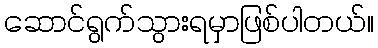
ဆောင်ရွက်သွားရမှာဖြစ်ပါတယ်။